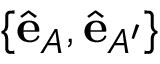
\{ \hat { \mathbf { e } } _ { A } , \hat { \mathbf { e } } _ { A ^ { \prime } } \}